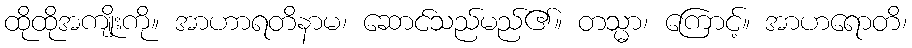
ထိုထိုအကျိုးကို။ အာဟာရတိနာမ၊ ဆောင်သည်မည်၏။ တသ္မာ၊ ကြောင့်။ အာဟရောတိ၊